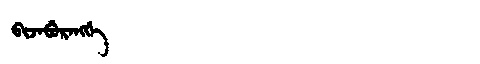
Manchu: ᠪᡳᠵᠠᠪᡠᡵᠠᠩᡤᡝ
Romanization: BIJABURANGGE